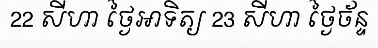
22 សីហា ថ្ងៃអាទិត្យ 23 សីហា ថ្ងៃច័ន្ទ